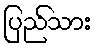
ပြည်သား